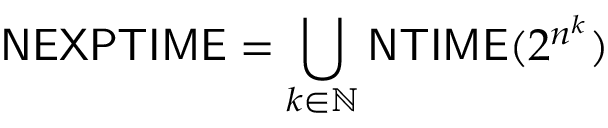
{ \mathsf { N E X P T I M E } } = \bigcup _ { k \in \mathbb { N } } { \mathsf { N T I M E } } ( 2 ^ { n ^ { k } } )